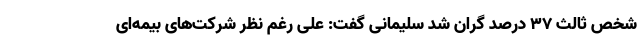
شخص ثالث ۳۷ درصد گران شد سلیمانی گفت: علی رغم نظر شرکت‌های بیمه‌ای